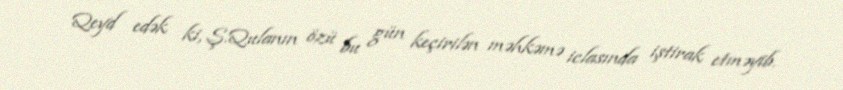
Qeyd edək ki, Ş.Qulanın özü bu gün keçirilən məhkəmə iclasında iştirak etməyib.